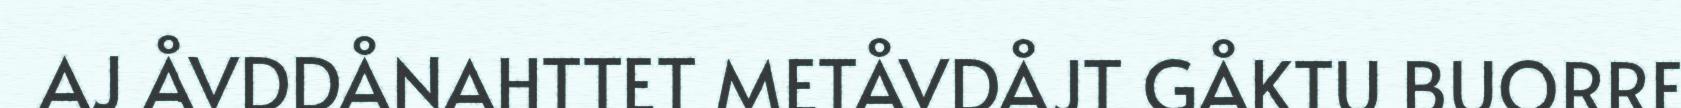
AJ ÅVDDÅNAHTTET METÅVDÅJT GÅKTU BUORRE